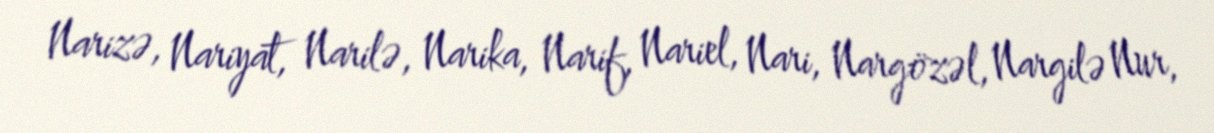
Narizə, Nariyat, Narilə, Narika, Narif, Nariel, Nari, Nargözəl, Nargilə Nur,